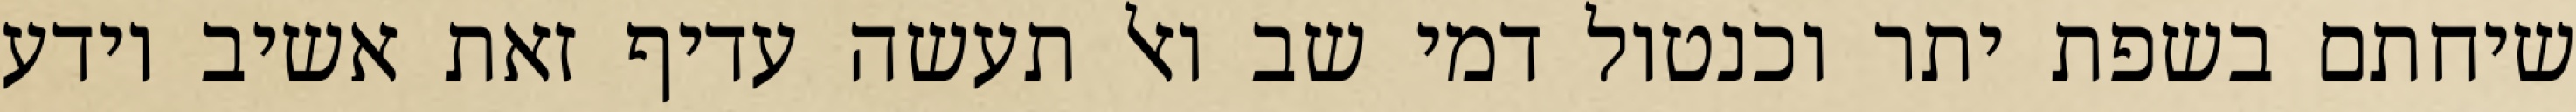
שיחתם בשפת יתר וכנטול דמי שב ואל תעשה עדיף זאת אשיב יודע